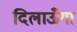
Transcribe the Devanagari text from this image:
दिलाऊँगा